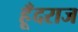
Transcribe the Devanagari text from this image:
हूँदराज